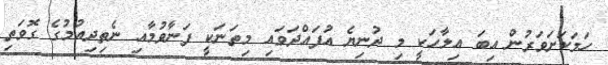
ހަމަކަށަވަރުން އިބަ އިލާހަކީ މި ދުނިޔެ އުފައްދަވައި މިތަނަކީ ފަނާވުމާއި ނެތިދިއުމުގެ ގޮވަތި